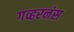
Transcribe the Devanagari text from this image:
गव्हरनंस